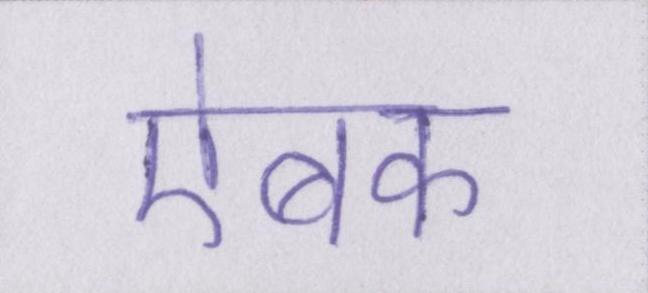
ऐबक